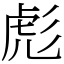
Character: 彪